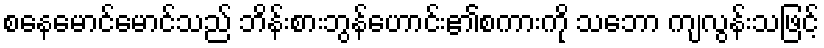
စနေမောင်မောင်သည် ဘိန်းစားဘွန်ဟောင်း၏စကားကို သဘော ကျလွန်းသဖြင့်